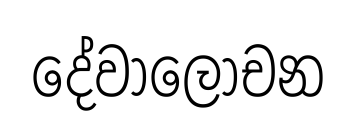
දේවාලෝචන